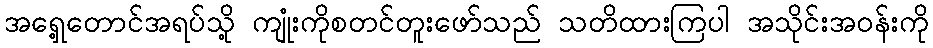
အရှေ့တောင်အရပ်သို့ ကျုံးကိုစတင်တူးဖော်သည် သတိထားကြပါ အသိုင်းအဝန်းကို